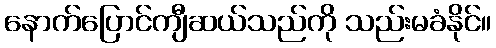
နောက်ပြောင်ကျီဆယ်သည်ကို သည်းမခံနိုင်။